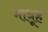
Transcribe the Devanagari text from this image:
मात्रूह